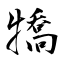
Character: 犞